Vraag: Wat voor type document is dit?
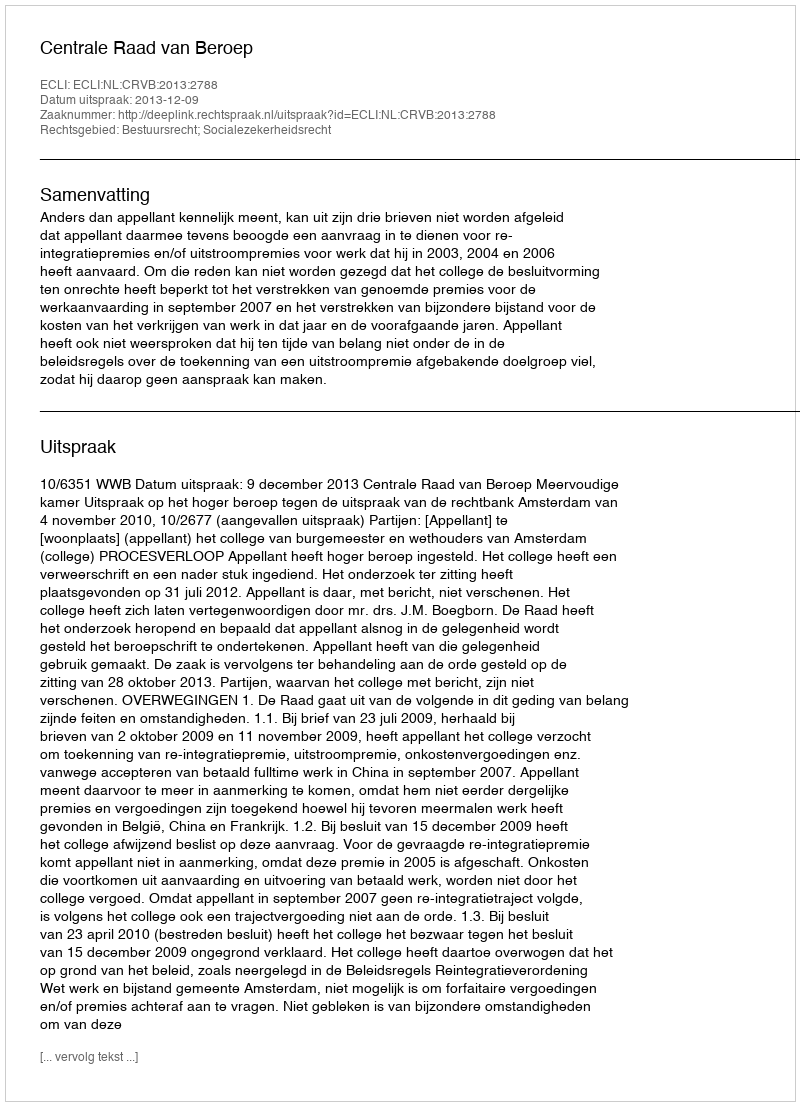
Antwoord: Uitspraak